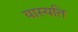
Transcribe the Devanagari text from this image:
यास्यति